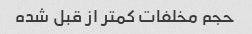
حجم مخلفات کمتر از قبل شده